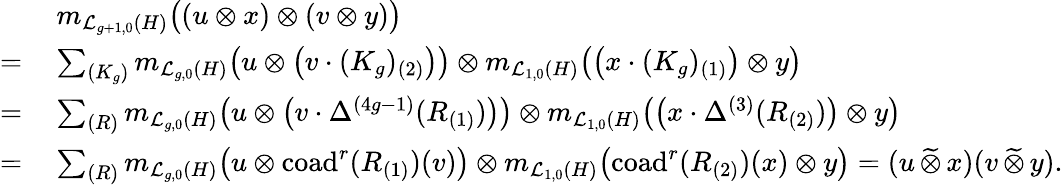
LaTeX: \begin{array}{rl}&{m_{\mathcal{L}_{g+1,0}(H)}\bigl((u\otimes x)\otimes(v\otimes y)\bigr)}\\ {=\: }&{\sum_{(K_{g})}m_{\mathcal{L}_{g,0}(H)}\bigl(u\otimes\bigl(v\cdot(K_{g})_{(2)}\bigr)\bigr)\otimes m_{\mathcal{L}_{1,0}(H)}\bigl(\bigl(x\cdot(K_{g})_{(1)}\bigr)\otimes y\bigr)}\\ {=\: }&{\sum_{(R)}m_{\mathcal{L}_{g,0}(H)}\bigl(u\otimes\bigl(v\cdot\Delta^{(4g-1)}(R_{(1)})\bigr)\bigr)\otimes m_{\mathcal{L}_{1,0}(H)}\bigl(\bigl(x\cdot\Delta^{(3)}(R_{(2)})\bigr)\otimes y\bigr)}\\ {=\: }&{\sum_{(R)}m_{\mathcal{L}_{g,0}(H)}\bigl(u\otimes\mathrm{coad}^{r}(R_{(1)})(v)\bigr)\otimes m_{\mathcal{L}_{1,0}(H)}\bigl(\mathrm{coad}^{r}(R_{(2)})(x)\otimes y\bigr)=(u\, \widetilde{\otimes}\, x)(v\, \widetilde{\otimes}\, y).}\end{array}